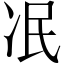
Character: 冺